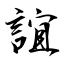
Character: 誼